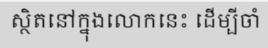
ស្ថិតនៅក្នុងលោកនេះ ដើម្បីចាំ